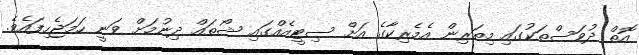
އޮތް ދުވަސްތަކުގައި މިތަރިން އެމެރިކާގެ އަށް ސިޓީއެއްގައި ޝޯތައް ދިނުމަށް ވަނީ ހަމަޖެހިފައެވެ.